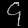
Digit: ၄